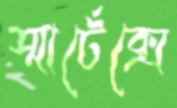
স্মার্টেক্সে